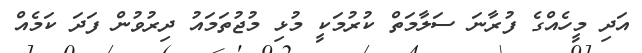
އަދި މީހެއްގެ ފުރާނަ ސަލާމަތް ކުރުމަކީ މުޅި މުޖުތަމައު ދިރުވުން ފަދަ ކަމެއް